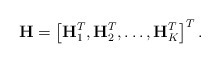
\begin{align*}\mathbf{H} = \left[\mathbf{H}_1^T, \mathbf{H}_2^T, \ldots , \mathbf{H}_K^T \right]^T.\end{align*}